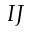
I J